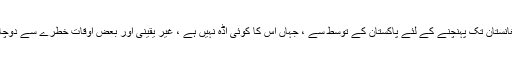
اس کے برعکس امر یکہ نے افغانستان تک پہنچنے کے لئے پاکستان کے توسط سے ، جہاں اس کا کوئی اڈہ نہیں ہے ، غیر یقینی اور بعض اوقات خطرے سے دوچار سپلائی لائنوں پر انحصار کیا۔